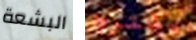
البشعة يشتروا